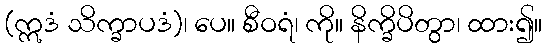
(ဣဒံ သိက္ခာပဒံ)၊ ပေ။ စီဝရံ၊ ကို။ နိက္ခိပိတွာ၊ ထား၍။